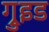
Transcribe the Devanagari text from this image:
ग्रुइड